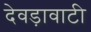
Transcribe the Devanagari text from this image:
देवड़ावाटी